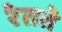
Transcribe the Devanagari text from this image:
रेतते